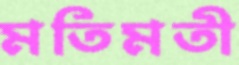
মতিমতী